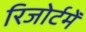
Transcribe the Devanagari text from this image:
रिजोर्टमेँ